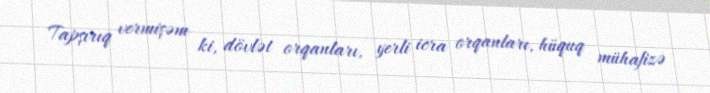
Tapşırıq vermişəm ki, dövlət orqanları, yerli icra orqanları, hüquq mühafizə